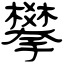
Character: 攀